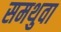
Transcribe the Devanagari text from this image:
समथुवा